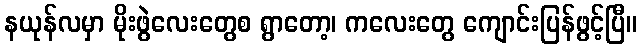
နယုန်လမှာ မိုးဖွဲလေးတွေစ ရွာတော့၊ ကလေးတွေ ကျောင်းပြန်ဖွင့်ပြီ။